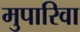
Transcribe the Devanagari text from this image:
मुपारिवा